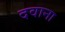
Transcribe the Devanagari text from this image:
दवाना